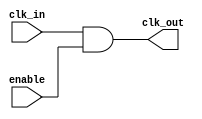
module clock_gating_cell (
    input wire clk_in,          // Main clock input
    input wire enable,          // Clock enable signal
    output wire clk_out         // Gated clock output
);
    assign clk_out = clk_in & enable; // Gated clock output
endmodule